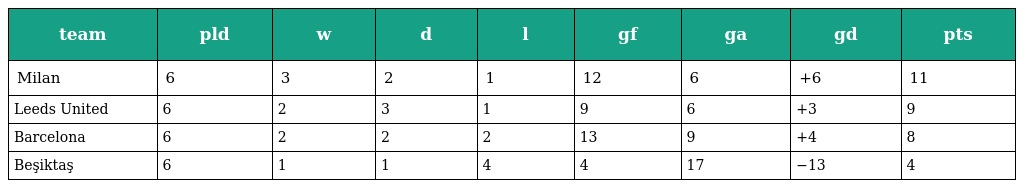
| team | pld | w | d | l | gf | ga | gd | pts |
 | --- | --- | --- | --- | --- | --- | --- | --- | --- |
 | Milan | 6 | 3 | 2 | 1 | 12 | 6 | +6 | 11 |
 | Leeds United | 6 | 2 | 3 | 1 | 9 | 6 | +3 | 9 |
 | Barcelona | 6 | 2 | 2 | 2 | 13 | 9 | +4 | 8 |
 | Beşiktaş | 6 | 1 | 1 | 4 | 4 | 17 | −13 | 4 |